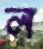
ল